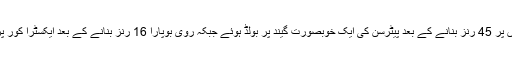
این بیل 41 گیندوں پر 45 رنز بنانے کے بعد پیٹرسن کی ایک خوبصورت گیند پر بولڈ ہوئے جبکہ روی بوپارا 16 رنز بنانے کے بعد ایکسٹرا کور پر کیچ دے بیٹھے۔